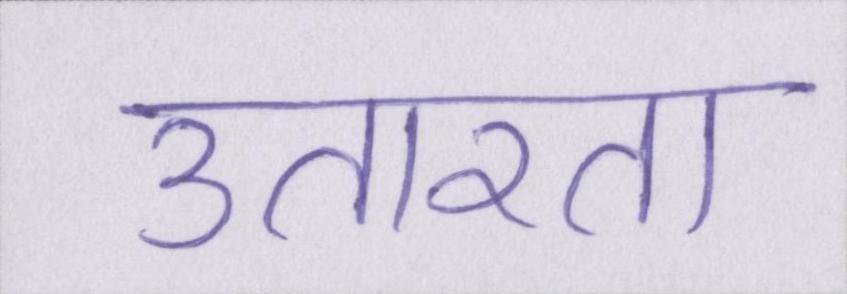
उतारता